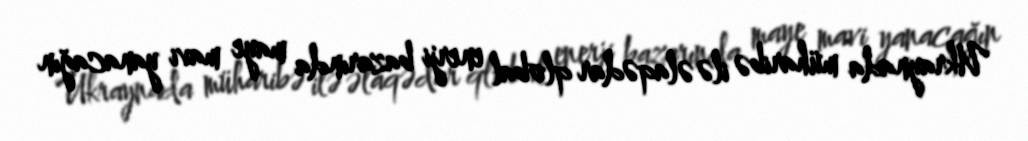
Ukraynada müharibə ilə əlaqədar qlobal enerji bazarında maye mavi yanacağın